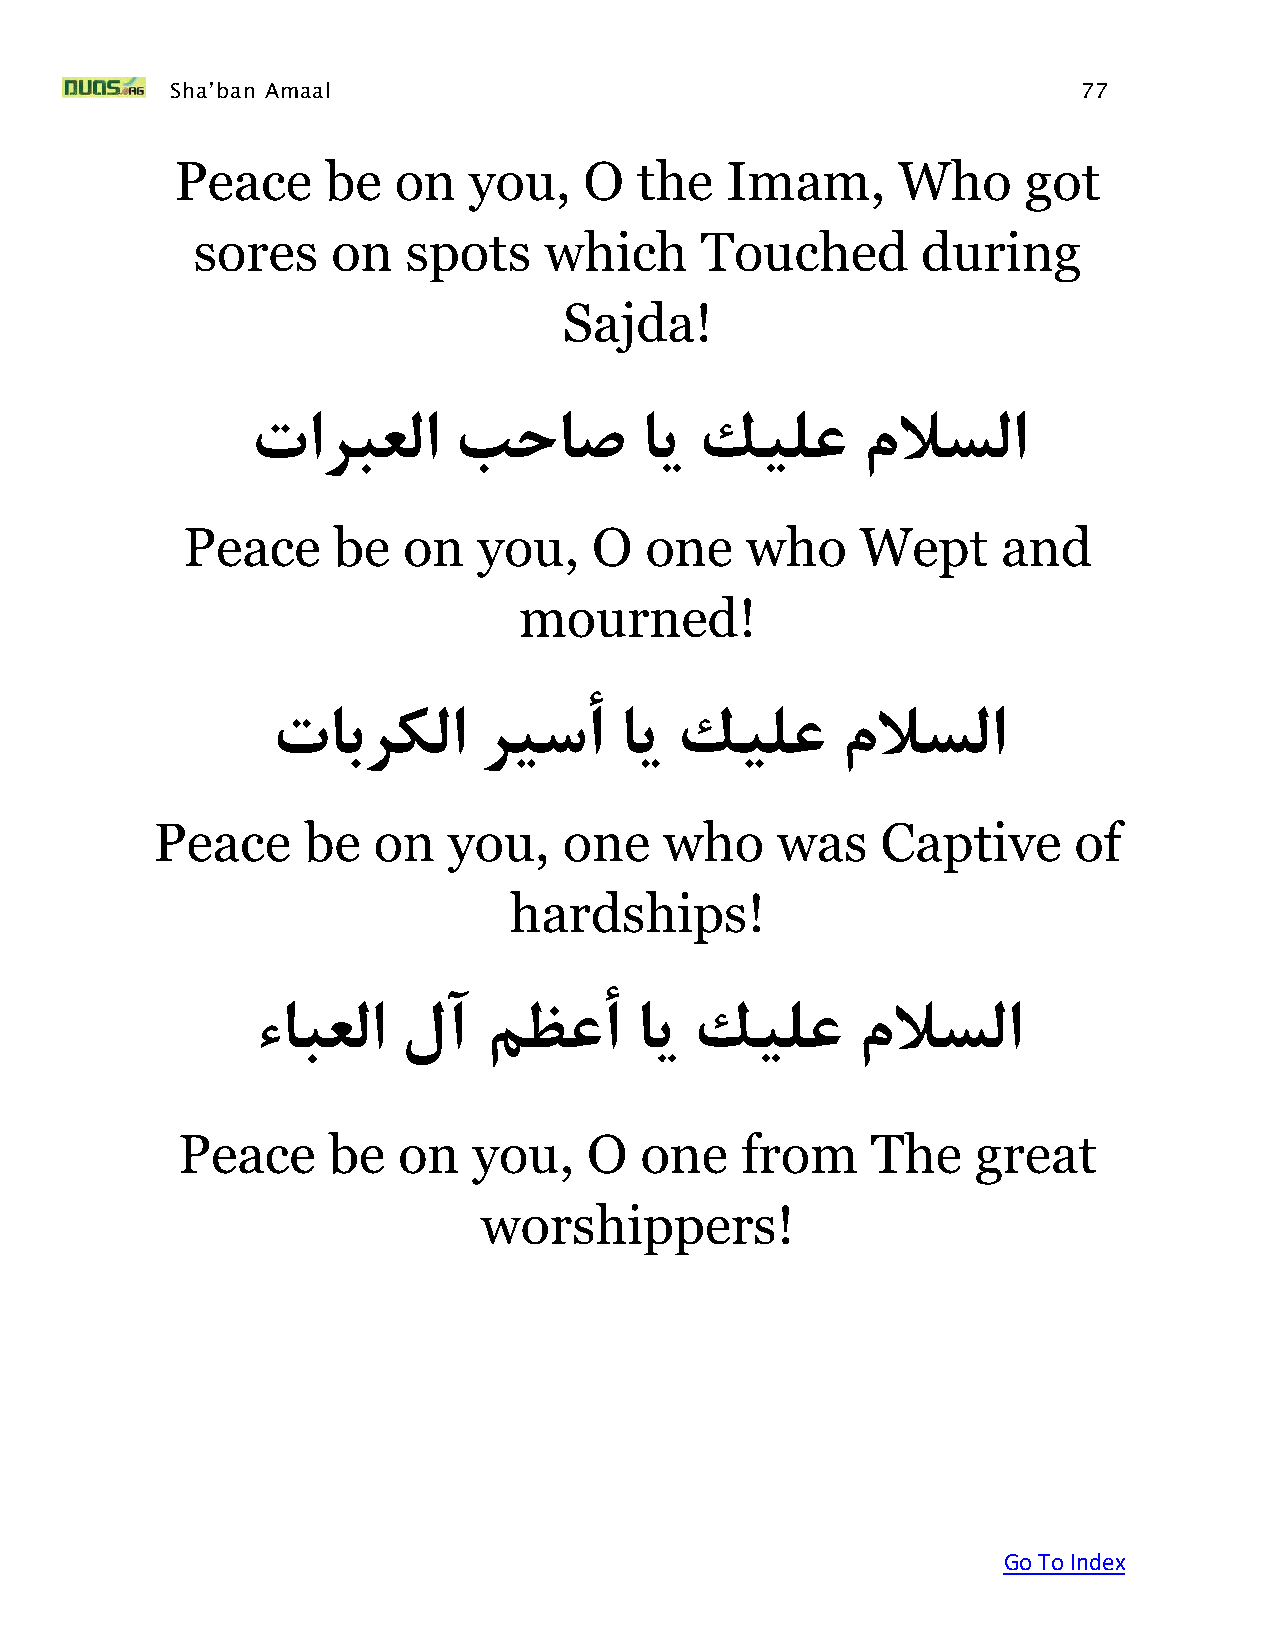
Sha’ban Amaal                                                77
 Peace     be  on   you,    O  the   Imam,      Who      got
 sores    on   spots    which     Touched        during
 Sajda!
 تاربعلا      بحاص        اي  كيلع       ملاسلا
 Peace     be   on   you,   O   one   who     Wept     and
 mourned!
 تابركلا       ريسأ     اي  كيلع       ملاسلا
 Peace     be   on   you,   one    who    was    Captive      of
 hardships!
 ءابعلا   لآ    مظعأ      اي  كيلع       ملاسلا
 Peace     be  on   you,    O  one    from     The    great
 worshippers!
 Go To Index